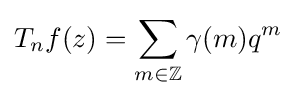
T_{n}f(z)=\sum _{m\in \mathbb {Z} }\gamma (m)q^{m}